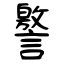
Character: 譥